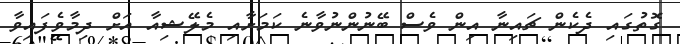
ގޮތުގައި ދެކެން ޗައިނާ އިން ވެސް ބޭނުންނުވާނެ ކަމަށާއި މެލޭޝިއާ އަށް ދިމާވެފައިވާ